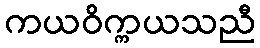
ကယဝိက္ကယသညီ